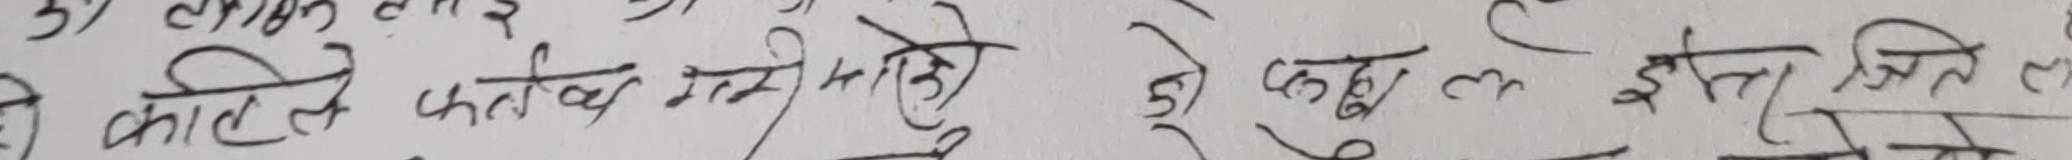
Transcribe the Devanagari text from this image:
कालि फतव गरि गाएँ ५) जो कुछ लई इस्तेजितले